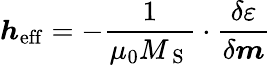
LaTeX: \boldsymbol{h}_{\mathrm{{eff}}}=-\frac{1}{\mu_{0}M_{\mathrm{~S~}}}\cdot\frac{\delta\varepsilon}{\delta\boldsymbol{m}}